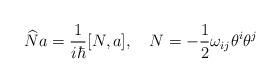
LaTeX: \begin{align*}\widehat{N}a=\frac 1{i\hbar }[N,a],\quad N=-\frac 12\omega _{ij}\theta^i\theta ^j\end{align*}